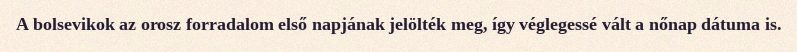
A bolsevikok az orosz forradalom első napjának jelölték meg, így véglegessé vált a nőnap dátuma is.